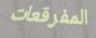
المفرقعات